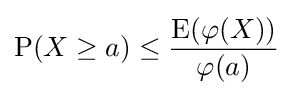
\operatorname {P} (X\geq a)\leq {\frac {\operatorname {E} (\varphi (X))}{\varphi (a)}}